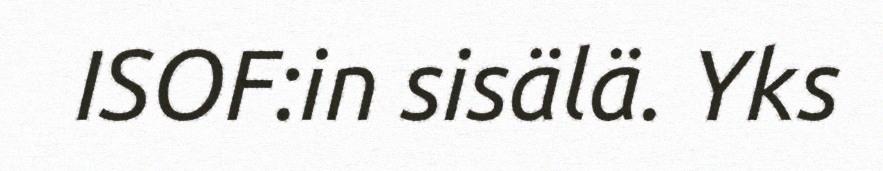
ISOF:in sisälä. Yks